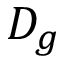
D _ { g }